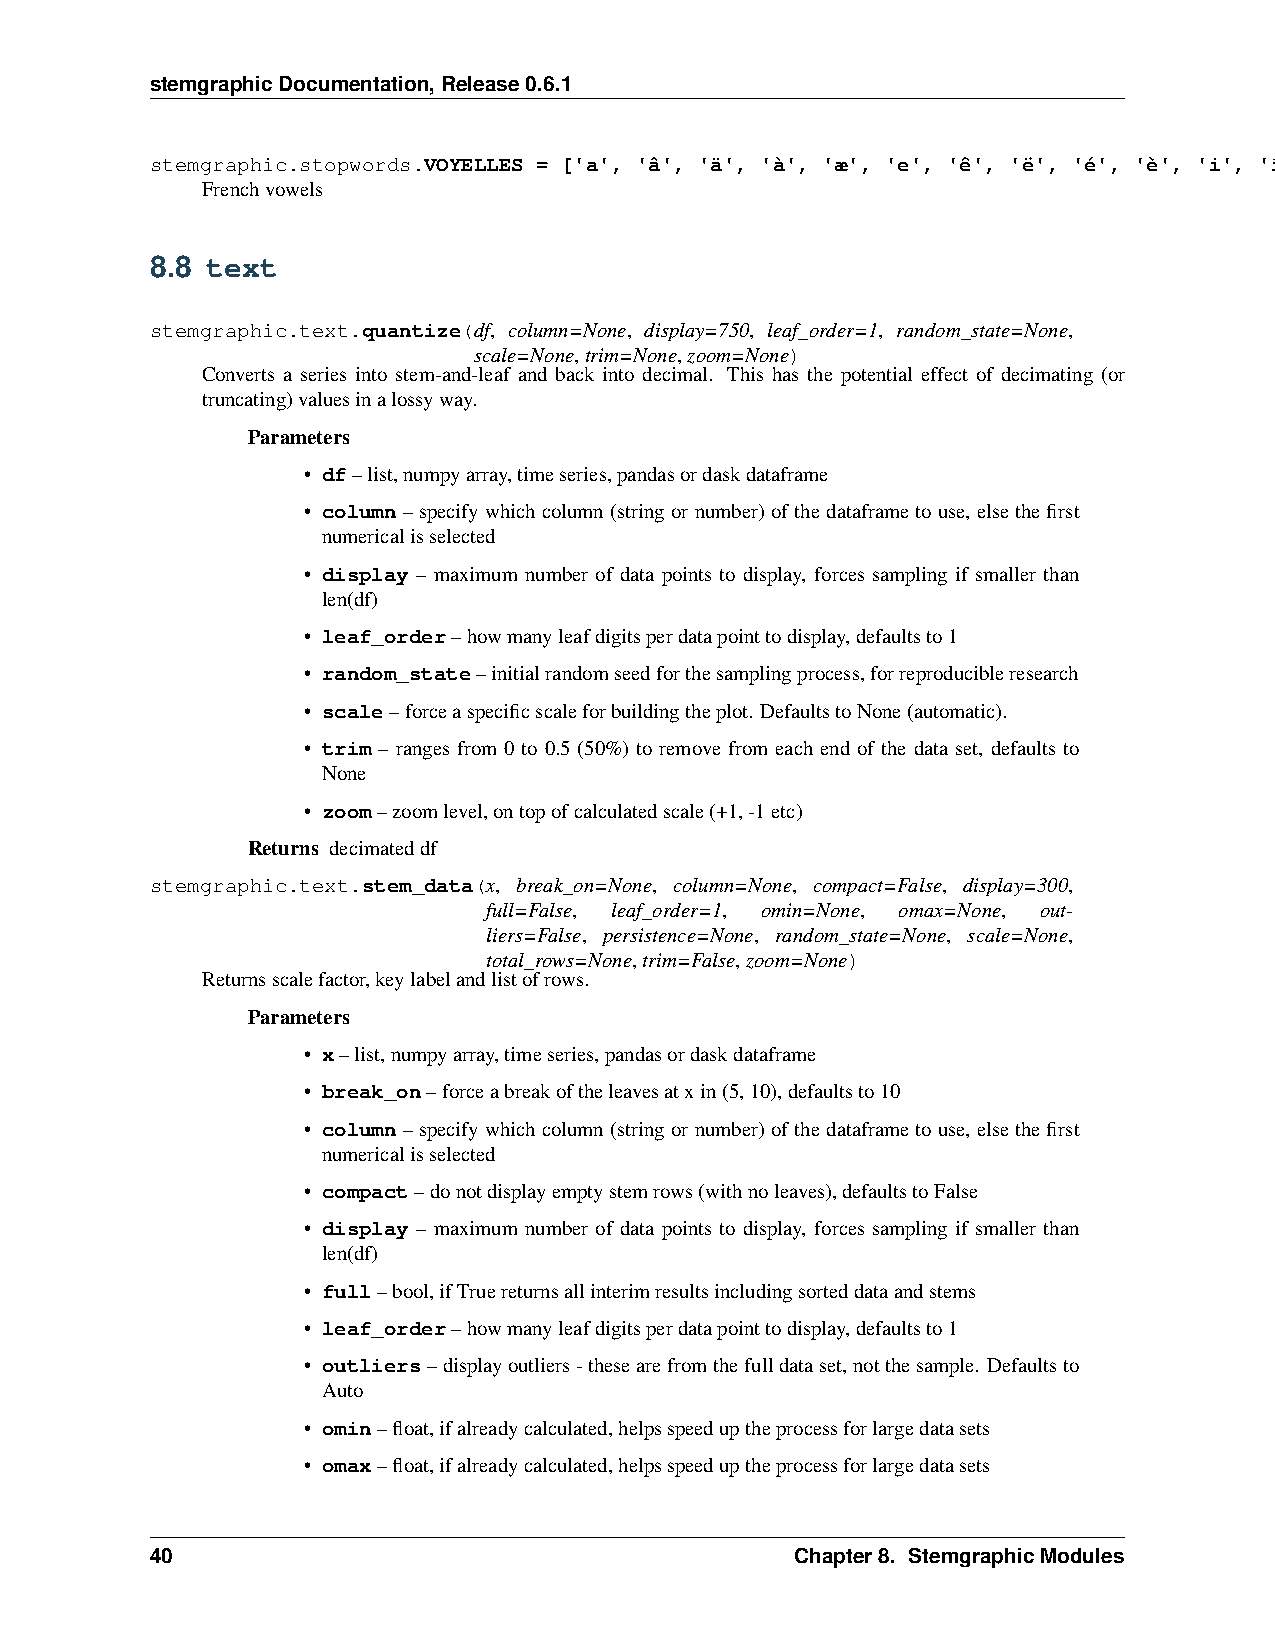
stemgraphicDocumentation,Release0.6.1
 stemgraphic.stopwords.VOYELLES = ['a', 'â', 'ä', 'à', 'æ', 'e', 'ê', 'ë', 'é', 'è', 'i', 'î', 'ï', 'o', 'ô', 'ö', 'œ', 'u', 'û', 'ü', 'ù', 'y']
 Frenchvowels
 8.8 text
 stemgraphic.text.quantize(df, column=None, display=750, leaf_order=1, random_state=None,
 scale=None,trim=None,zoom=None)
 Converts a series into stem-and-leaf and back into decimal. This has the potential effect of decimating (or
 truncating)valuesinalossyway.
 Parameters
 • df–list,numpyarray,timeseries,pandasordaskdataframe
 • column–specifywhichcolumn(stringornumber)ofthedataframetouse, elsethefirst
 numericalisselected
 • display – maximum number of data points to display, forces sampling if smaller than
 len(df)
 • leaf_order–howmanyleafdigitsperdatapointtodisplay,defaultsto1
 • random_state–initialrandomseedforthesamplingprocess,forreproducibleresearch
 • scale–forceaspecificscaleforbuildingtheplot. DefaultstoNone(automatic).
 • trim – ranges from 0 to 0.5 (50%) to remove from each end of the data set, defaults to
 None
 • zoom–zoomlevel,ontopofcalculatedscale(+1,-1etc)
 Returns decimateddf
 stemgraphic.text.stem_data(x, break_on=None, column=None, compact=False, display=300,
 full=False, leaf_order=1, omin=None, omax=None, out-
 liers=False, persistence=None, random_state=None, scale=None,
 total_rows=None,trim=False,zoom=None)
 Returnsscalefactor,keylabelandlistofrows.
 Parameters
 • x–list,numpyarray,timeseries,pandasordaskdataframe
 • break_on–forceabreakoftheleavesatxin(5,10),defaultsto10
 • column–specifywhichcolumn(stringornumber)ofthedataframetouse, elsethefirst
 numericalisselected
 • compact–donotdisplayemptystemrows(withnoleaves),defaultstoFalse
 • display – maximum number of data points to display, forces sampling if smaller than
 len(df)
 • full–bool,ifTruereturnsallinterimresultsincludingsorteddataandstems
 • leaf_order–howmanyleafdigitsperdatapointtodisplay,defaultsto1
 • outliers–displayoutliers-thesearefromthefulldataset,notthesample. Defaultsto
 Auto
 • omin–float,ifalreadycalculated,helpsspeeduptheprocessforlargedatasets
 • omax–float,ifalreadycalculated,helpsspeeduptheprocessforlargedatasets
 40                                         Chapter8. StemgraphicModules